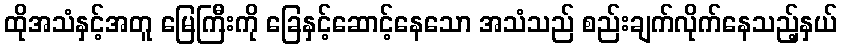
ထိုအသံနှင့်အတူ မြေကြီးကို ခြေနှင့်ဆောင့်နေသော အသံသည် စည်းချက်လိုက်နေသည့်နှယ်